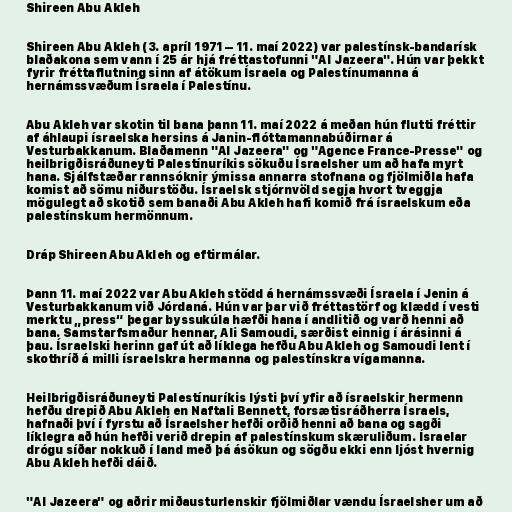
Shireen Abu Akleh

Shireen Abu Akleh (3. apríl 1971 – 11. maí 2022) var palestínsk-bandarísk
blaðakona sem vann í 25 ár hjá fréttastofunni "Al Jazeera". Hún var þekkt
fyrir fréttaflutning sinn af átökum Ísraela og Palestínumanna á
hernámssvæðum Ísraela í Palestínu.

Abu Akleh var skotin til bana þann 11. maí 2022 á meðan hún flutti fréttir
af áhlaupi ísraelska hersins á Janin-flóttamannabúðirnar á
Vesturbakkanum. Blaðamenn "Al Jazeera" og "Agence France-Presse" og
heilbrigðisráðuneyti Palestínuríkis sökuðu Ísraelsher um að hafa myrt
hana. Sjálfstæðar rannsóknir ýmissa annarra stofnana og fjölmiðla hafa
komist að sömu niðurstöðu. Ísraelsk stjórnvöld segja hvort tveggja
mögulegt að skotið sem banaði Abu Akleh hafi komið frá ísraelskum eða
palestínskum hermönnum.

Dráp Shireen Abu Akleh og eftirmálar.

Þann 11. maí 2022 var Abu Akleh stödd á hernámssvæði Ísraela í Jenin á
Vesturbakkanum við Jórdaná. Hún var þar við fréttastörf og klædd í vesti
merktu „press“ þegar byssukúla hæfði hana í andlitið og varð henni að
bana. Samstarfsmaður hennar, Ali Samoudi, særðist einnig í árásinni á
þau. Ísraelski herinn gaf út að líklega hefðu Abu Akleh og Samoudi lent í
skothríð á milli ísraelskra hermanna og palestínskra vígamanna.

Heilbrigðisráðuneyti Palestínuríkis lýsti því yfir að ísraelskir hermenn
hefðu drepið Abu Akleh en Naftali Bennett, forsætisráðherra Ísraels,
hafnaði því í fyrstu að Ísraelsher hefði orðið henni að bana og sagði
líklegra að hún hefði verið drepin af palestínskum skæruliðum. Ísraelar
drógu síðar nokkuð í land með þá ásökun og sögðu ekki enn ljóst hvernig
Abu Akleh hefði dáið.

"Al Jazeera" og aðrir miðausturlenskir fjölmiðlar vændu Ísraelsher um að